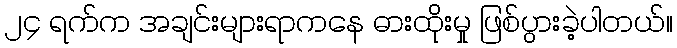
၂၄ ရက်က အချင်းများရာကနေ ဓားထိုးမှု ဖြစ်ပွားခဲ့ပါတယ်။